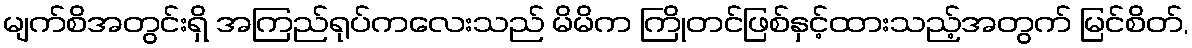
မျက်စိအတွင်းရှိ အကြည်ရုပ်ကလေးသည် မိမိက ကြိုတင်ဖြစ်နှင့်ထားသည့်အတွက် မြင်စိတ်,